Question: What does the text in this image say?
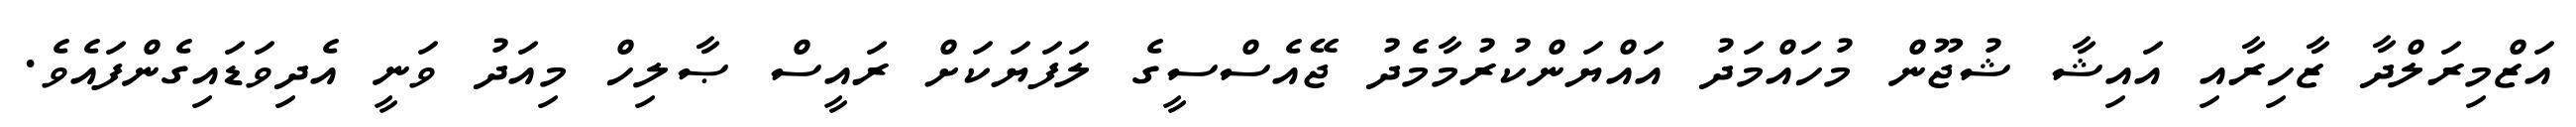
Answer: އަޒްމިރަލްދާ ޒާހިރާއި އައިޝާ ޝުޖޫން މުހައްމަދު އައްޔަންކުރުމާމެދު ޖޭއެސްސީގެ ލަފަޔަކަށް ރައީސް ޞާލިހް މިއަދު ވަނީ އެދިވަޑައިގެންފައެވެ.